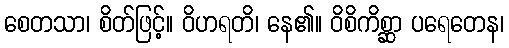
စေတသာ၊ စိတ်ဖြင့်။ ဝိဟရတိ၊ နေ၏။ ဝိစိကိစ္ဆာ ပရေတေန၊